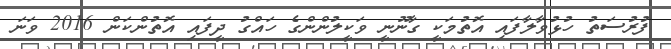
ފުރުސަތު ހުޅުވާލާފައި އޮތުމަކީ ގާނޫނީ ވަކީލުންންގެ ހައްގު ދީފައި އޮތުންކަން 2016 ވަނަ